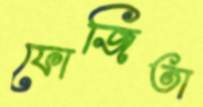
ফোজিতা